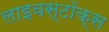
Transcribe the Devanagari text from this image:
लाइवस्टॉक्स